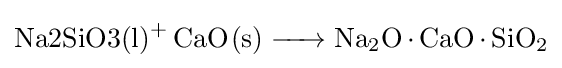
{\ce {{Na2SiO3(l)}+ CaO(s) -> Na2O*CaO*SiO2}}